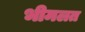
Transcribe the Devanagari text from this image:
भीमलत